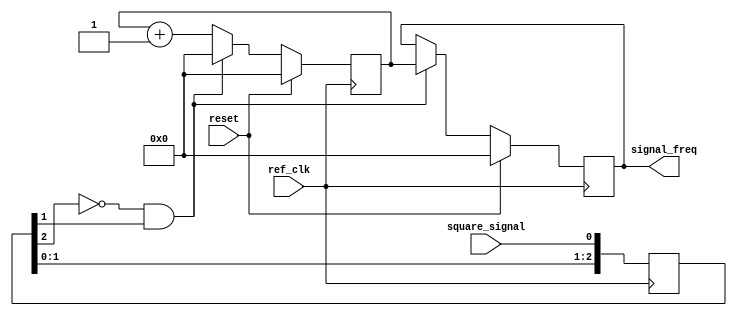
// ***************************************************************************
// ***************************************************************************
// Copyright 2014 - 2017 (c) Analog Devices, Inc. All rights reserved.
//
// In this HDL repository, there are many different and unique modules, consisting
// of various HDL (Verilog or VHDL) components. The individual modules are
// developed independently, and may be accompanied by separate and unique license
// terms.
//
// The user should read each of these license terms, and understand the
// freedoms and responsabilities that he or she has by using this source/core.
//
// This core is distributed in the hope that it will be useful, but WITHOUT ANY
// WARRANTY; without even the implied warranty of MERCHANTABILITY or FITNESS FOR
// A PARTICULAR PURPOSE.
//
// Redistribution and use of source or resulting binaries, with or without modification
// of this file, are permitted under one of the following two license terms:
//
//   1. The GNU General Public License version 2 as published by the
//      Free Software Foundation, which can be found in the top level directory
//      of this repository (LICENSE_GPL2), and also online at:
//      <https://www.gnu.org/licenses/old-licenses/gpl-2.0.html>
//
// OR
//
//   2. An ADI specific BSD license, which can be found in the top level directory
//      of this repository (LICENSE_ADIBSD), and also on-line at:
//      https://github.com/analogdevicesinc/hdl/blob/master/LICENSE_ADIBSD
//      This will allow to generate bit files and not release the source code,
//      as long as it attaches to an ADI device.
//
// ***************************************************************************
// ***************************************************************************

module util_pmod_fmeter_core (
  input                   ref_clk,
  input                   reset,
  input                   square_signal,
  output  reg [31:0]      signal_freq);

  // registers

  reg     [31:0]  signal_freq_counter = 'h0;
  reg     [ 2:0]  square_signal_buf   = 'h0;

  wire            signal_freq_en;

  assign signal_freq_en = ~square_signal_buf[2] & square_signal_buf[1];

  // internal signals

  always @(posedge ref_clk) begin
    square_signal_buf[0]    <= square_signal;
    square_signal_buf[2:1]  <= square_signal_buf[1:0];
  end

  always @(posedge ref_clk) begin
    if (reset == 1'b1) begin
      signal_freq <= 32'b0;
      signal_freq_counter <= 32'b0;
    end else begin
      if(signal_freq_en == 1'b1) begin
        signal_freq <= signal_freq_counter;
        signal_freq_counter <= 32'h0;
      end else begin
        signal_freq_counter <= signal_freq_counter + 32'h1;
      end
    end
  end

endmodule